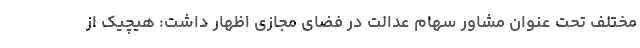
مختلف تحت عنوان مشاور سهام عدالت در فضای مجازی اظهار داشت: هیچیک از